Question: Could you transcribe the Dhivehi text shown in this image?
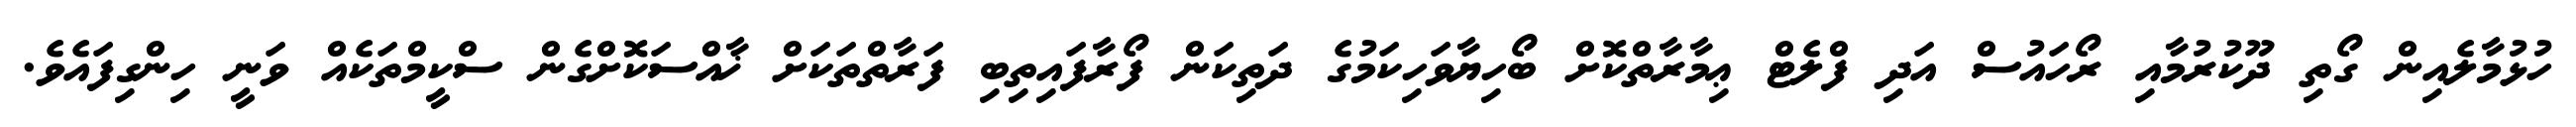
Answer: ހުޅުމާލެއިން ގޯތި ދޫކުރުމާއި ރޯހައުސް އަދި ފްލެޓް ޢިމާރާތްކޮށް ބޯހިޔާވަހިކަމުގެ ދަތިކަން ފޯރާފައިތިބި ފަރާތްތަކަށް ޚާއްސަކޮށްގެން ސްކީމްތަކެއް ވަނީ ހިންގިފައެވެ.